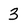
Character: 3